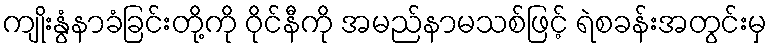
ကျိုးနွံနာခံခြင်းတို့ကို ဝိုင်နီကို အမည်နာမသစ်ဖြင့် ရဲစခန်းအတွင်းမှ